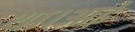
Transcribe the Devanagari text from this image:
था।आई